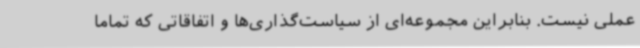
عملی نیست. بنابراین مجموعه‌ای از سیاست‌گذاری‌ها و اتفاقاتی که تماما